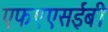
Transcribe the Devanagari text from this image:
एफएएसईबी